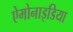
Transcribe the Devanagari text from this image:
ऐमोनाइडिया